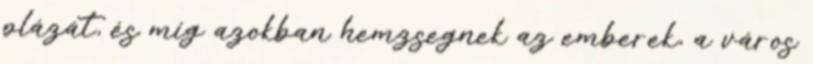
plázát, és míg azokban hemzsegnek az emberek, a város